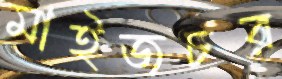
মাইজচর